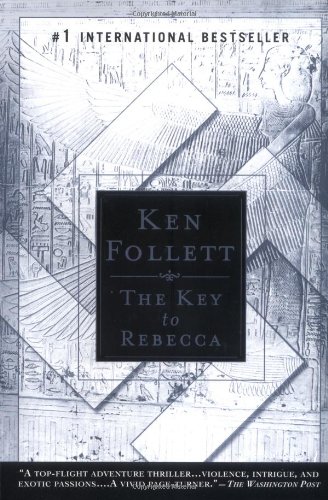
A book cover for The Key to Rebecca; Ken Follett; Mystery, Thriller & Suspense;